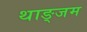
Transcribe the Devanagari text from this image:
थाङ्जम